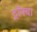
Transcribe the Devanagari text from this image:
ट्रॉफ्या